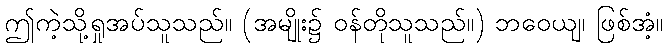
ဤကဲ့သို့ရှုအပ်သူသည်။ (အမျိုး၌ ဝန်တိုသူသည်။) ဘဝေယျ၊ ဖြစ်အံ့။